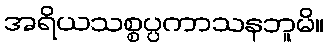
အရိယသစ္စပ္ပကာသနဘူမိ။